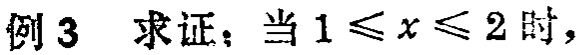
例 3  求证：当 \(1\leqslant x\leqslant 2\) 时，